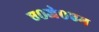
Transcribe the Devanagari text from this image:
ए०जे०एम